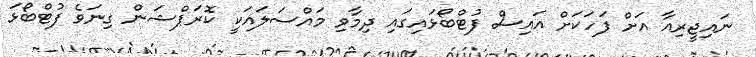
ނައިޖީރިއާ އަށް ފަހަކަށް އައިސް ފުޓްބޯޅައިގައި ދިމާވި މައްސަލައަކީ ކޮރަޕްޝަން ގިނަވެ ފުޓްބޯޅަ